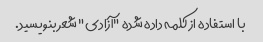
با استفاده از کلمه داده شده "آزادی" شعر بنویسید.